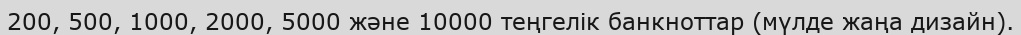
200, 500, 1000, 2000, 5000 және 10000 теңгелік банкноттар (мүлде жаңа дизайн).